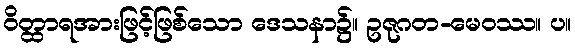
ဝိတ္ထာရအားဖြင့်ဖြစ်သော ဒေသနာ၌။ ဥဇုဂတ-မေဝဿ။ ပ။